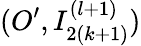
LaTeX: (O^{\prime},I_{2(k+1)}^{(l+1)})